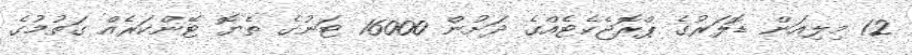
12 މިލިއަން ޑޮލަރުގެ ޕްރޮޖެކެޓެއްގެ ދަށުން 16000 ޓަނުގެ ތެޔޮ ޓޭންކަރެއް ގަތުމުގެ